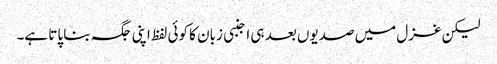
لیکن غزل میں صدیوں بعد ہی اجنبی زبان کا کوئی لفظ اپنی جگہ بنا پاتا ہے۔